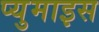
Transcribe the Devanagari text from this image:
प्युमाइस